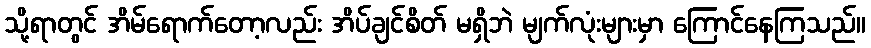
သို့ရာတွင် အိမ်ရောက်တော့လည်း အိပ်ချင်စိတ် မရှိဘဲ မျက်လုံးများမှာ ကြောင်နေကြသည်။